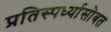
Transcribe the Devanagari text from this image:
प्रतिस्पर्ध्यासोबत